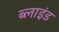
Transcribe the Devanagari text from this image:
ब्‍लाइंड